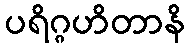
ပရိဂ္ဂဟိတာနိ